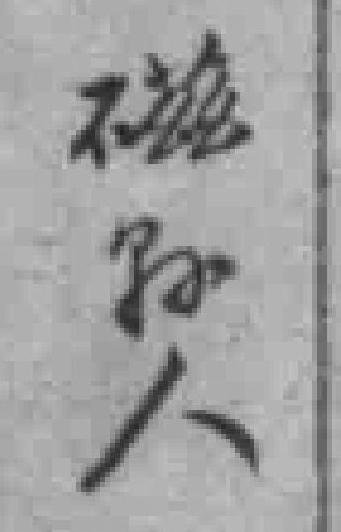
磁縣人